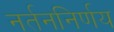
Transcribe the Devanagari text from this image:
नर्तननिर्णय